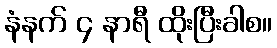
နံနက် ၄ နာရီ ထိုးပြီးခါစ။